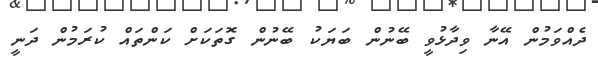
ދެއްވަމުން އޭނާ ވިދާޅުވީ ބޭނުން ބަޔަކު ބޭނުން ގޮތަކަށް ކަންތައް ކުރަމުން ދަނީ